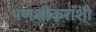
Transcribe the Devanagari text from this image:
पणशीकरांशी